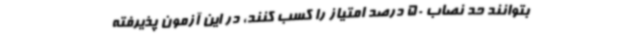
بتوانند حد نصاب 50 درصد امتیاز را کسب کنند، در این آزمون پذیرفته